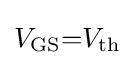
V_{\text{GS}}{=}V_{\text{th}}